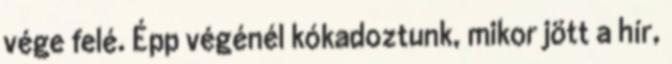
vége felé. Épp végénél kókadoztunk, mikor jött a hír,